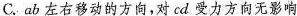
C.ab左右移动的方向，对cd受力方向无影响